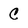
Character: C